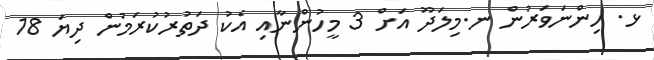
ޅ. ހިންނަވަރުން ނ.މިލަދޫ އަށް 3 މީހުންނާއި އެކު ދަތުރުކުރަމުން ދިޔަ 18